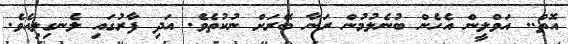
އޮތް.. އަވްލީން އެހެން ބުނެލުމުން ރަނާ ބޭރަށް ނުކުތެވެ. އަދި ފާރުގައި ލެނގިލިއެވެ.